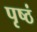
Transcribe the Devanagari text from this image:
पृष्ठं